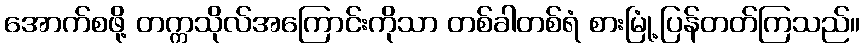
အောက်စဖို့ တက္ကသိုလ်အကြောင်းကိုသာ တစ်ခါတစ်ရံ စားမြုံ့ပြန်တတ်ကြသည်။